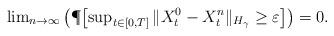
LaTeX: \begin{align*}\lim\nolimits_{ n \to \infty} \left(\P\!\left[ \sup\nolimits_{t\in [0,T]} \| X_t^0 - X_t^{n}\|_{H_\gamma}\geq \varepsilon \right] \right)= 0.\end{align*}